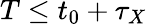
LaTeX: T\leq t_{0}+\tau_{X}